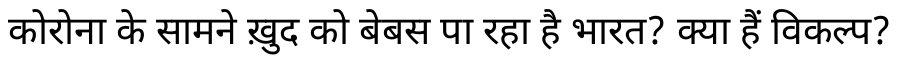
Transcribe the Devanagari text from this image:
कोरोना के सामने ख़ुद को बेबस पा रहा है भारत? क्या हैं विकल्प?